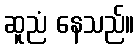
ဆူညံ နေသည်။